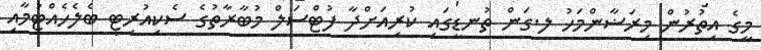
މީގެ އިތުރުން މިރަޟާންމަހު ލ.ގަން ތުނޑީގައި ކުރިއަށްދާ ފުޓްސަލް މުބާރާތުގެ ސެކިއުރިޓީ ބެލެހެއްޓުމާއި